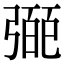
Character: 𢐝